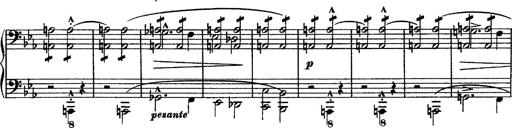
Title: Piano Sonata
Composer: Karl HÃ¤ssler
Key: C major